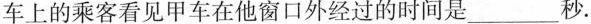
车上的乘客看见甲车在他窗口外经过的时间是______秒.